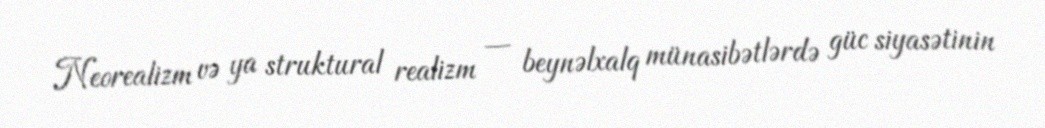
Neorealizm və ya struktural realizm — beynəlxalq münasibətlərdə güc siyasətinin